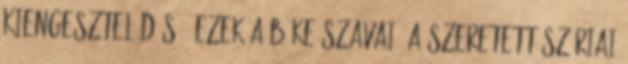
kiengesztelődés – ezek a béke szavai: a szeretett szíriai